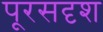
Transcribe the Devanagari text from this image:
पूरसदृश